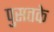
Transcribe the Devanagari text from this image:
पुसतके